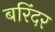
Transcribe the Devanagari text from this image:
बरिंदर